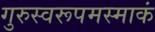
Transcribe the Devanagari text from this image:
गुरुस्वरूपमस्माकं